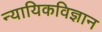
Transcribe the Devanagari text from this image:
न्यायिकविज्ञान